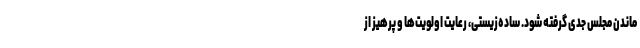
ماندن مجلس جدی گرفته شود. ساده‌زیستی، رعایت اولویت‌ها و پرهیز از